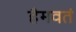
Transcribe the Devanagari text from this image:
हैमवतं